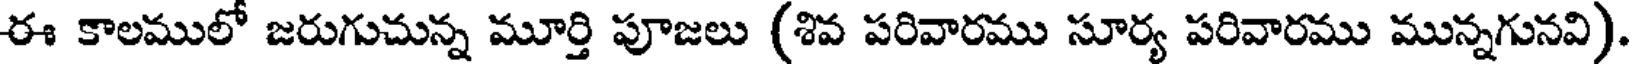
ఈ కాలములో జరుగుచున్న మూర్తి పూజలు (శివ పరివారము సూర్య పరివారము మున్నగునవి).